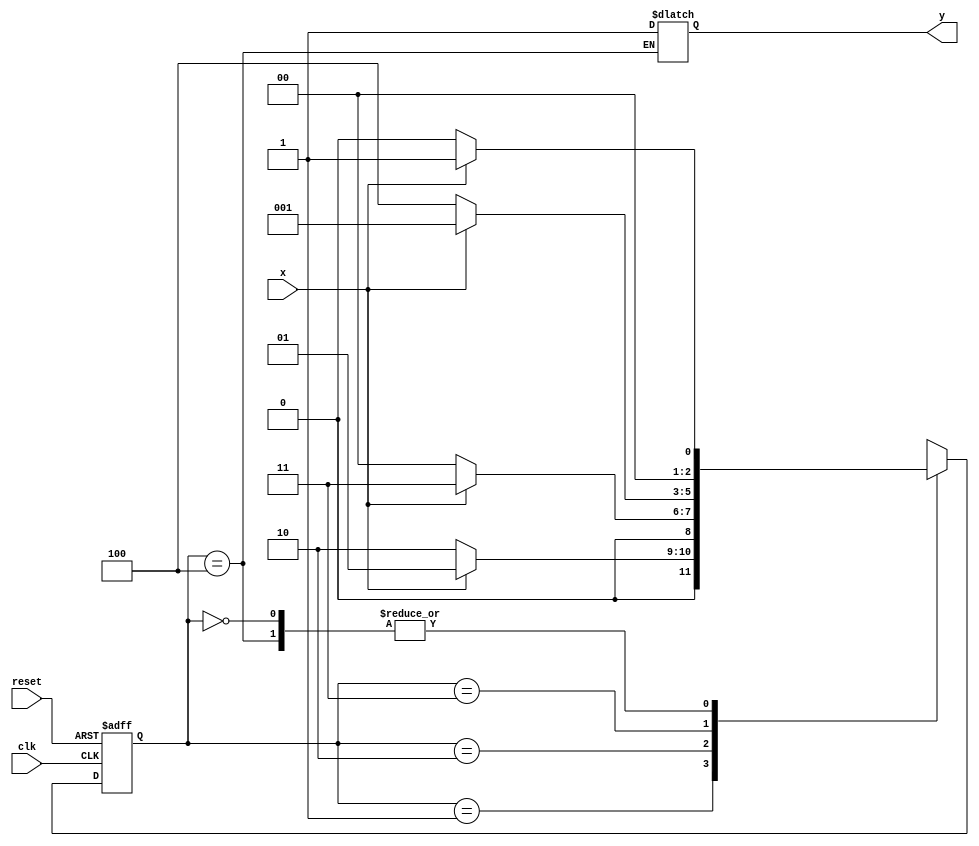
// --------------
// --- Moore FSM
// --------------
// Jenifer Henrique - 427420
// Moore 1010

// constant definition
`define found 1
`define notfound 0

// FSM by Moore
module moore1010 ( y, x, clk, reset );
output y;
input x;
input clk;
input reset;
reg y;
parameter // state identifiers
start = 3'b000,
id1 = 3'b001,
id10 = 3'b010,
id11 = 3'b011,
id100 = 3'b100; // signal found
reg [2:0] E1; // current state variables
reg [2:0] E2; // next state logic output

// next state logic
always @( x or E1 )
begin
case( E1 )
start:
if ( x )
E2 = id1;
else
E2 = start;

id1:
if ( x )
E2 = id1;
else
E2 = id10;

id10:
if ( x )
E2 = id11;
else
E2 = start;

id11:
if ( x )
E2 = id1;
else
E2 = id100;

id100:
if ( x )
begin
E2 = id1;
y = `found;
end
else
begin
E2 = start;
y = `found;
end

default: // undefined statee
E2 = 3'bxxx;
endcase
end // always at signal or state changing

// state variables
always @( posedge clk or negedge reset )
begin
if ( reset )
E1 = E2; // updates current state
else
E1 = 0; // reset
end // always at signal changing

// output logic
always @( E1 )
begin
y = E1[2]; // first bit of state value (MOORE indicator)
end // always at state changing
endmodule // moore1101